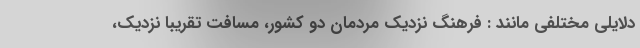
دلایلی مختلفی مانند : فرهنگ نزدیک مردمان دو کشور، مسافت تقریبا نزدیک،